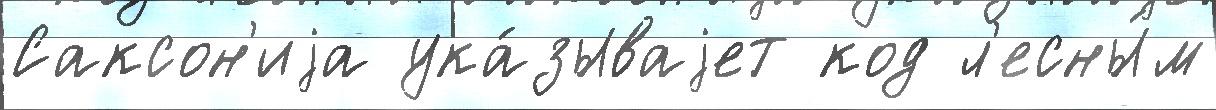
Саксон'иjа ука́зываjет код л'есны́м